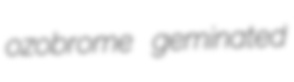
ozobrome geminated